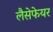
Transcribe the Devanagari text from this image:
लैसेफेयर